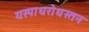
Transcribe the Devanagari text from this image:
यस्पाधरोधस्तन